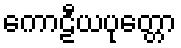
ကောဠီယပုတ္တော